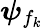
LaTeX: \boldsymbol\psi_{f_{k}}